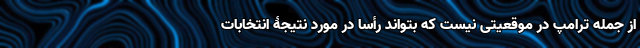
از جمله ترامپ در موقعیتی نیست که بتواند رأساً در مورد نتیجۀ انتخابات